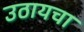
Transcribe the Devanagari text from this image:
उठायचा